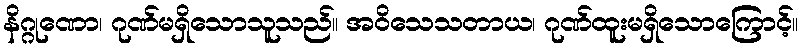
နိဂ္ဂုဏော၊ ဂုဏ်မရှိသောသူသည်။ အဝိသေသတာယ၊ ဂုဏ်ထူးမရှိသောကြောင့်။